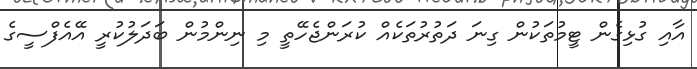
އާއި ގުޅިގެން ޓީމުތަކުން ގިނަ ދަތުރުތަކެއް ކުރަންޖެހޭތީ މި ނިންމުން ބަދަލުކުރީ އޭއެފްސީގެ